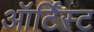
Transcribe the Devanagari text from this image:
ऑर्टिस्ट